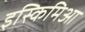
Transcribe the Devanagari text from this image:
इस्किमिआ